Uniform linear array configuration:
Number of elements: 32
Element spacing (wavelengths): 0.75
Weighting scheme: exponential
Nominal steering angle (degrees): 0
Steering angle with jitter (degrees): -0.4004
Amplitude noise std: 0.05
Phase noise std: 0.05

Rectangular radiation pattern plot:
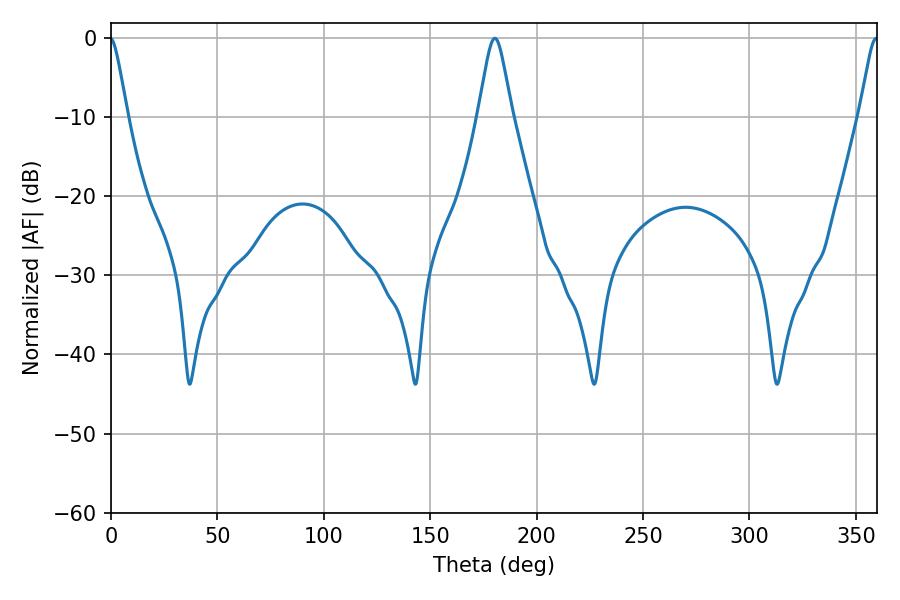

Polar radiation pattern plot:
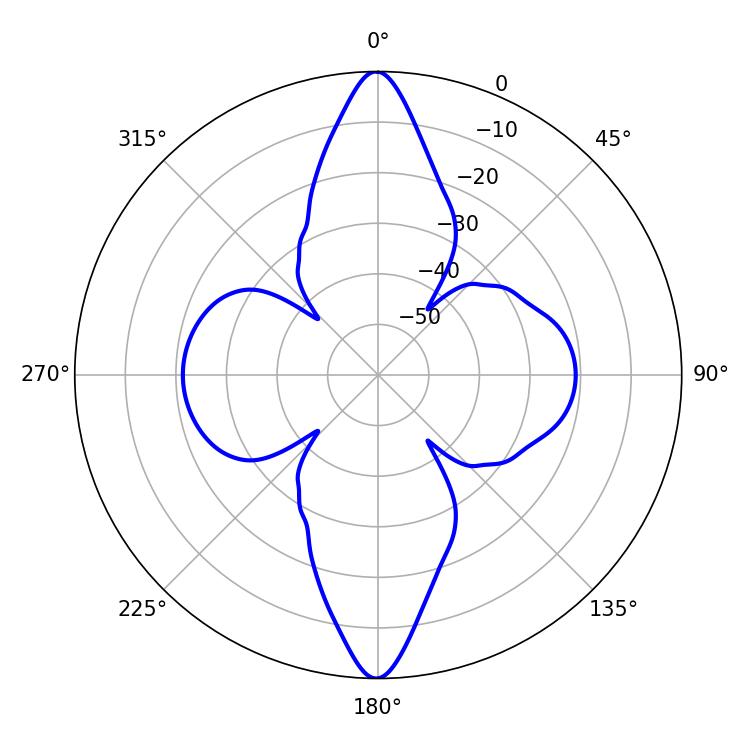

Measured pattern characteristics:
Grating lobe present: TRUE
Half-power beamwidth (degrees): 7.56
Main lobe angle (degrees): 180.36